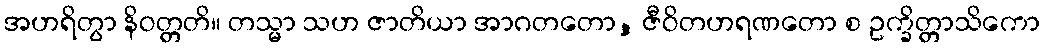
အဟရိတွာ နိဝတ္တတိ။ တသ္မာ သဟ ဇာတိယာ အာဂတတော, ဇီဝိတဟရဏတော စ ဥက္ခိတ္တာသိကော